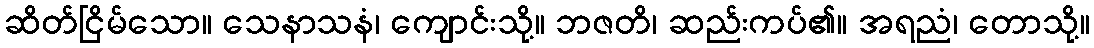
ဆိတ်ငြိမ်သော။ သေနာသနံ၊ ကျောင်းသို့။ ဘဇတိ၊ ဆည်းကပ်၏။ အရညံ၊ တောသို့။